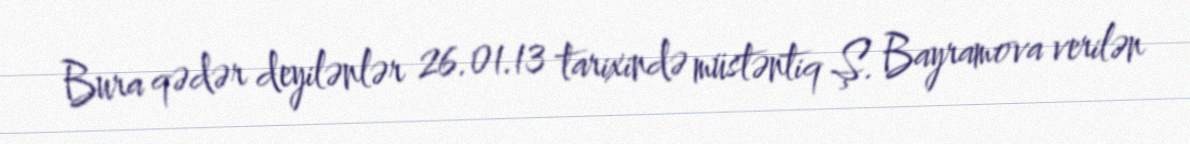
Bura qədər deyilənlər 26.01.13 tarixində müstəntiq Ş. Bayramova verilən